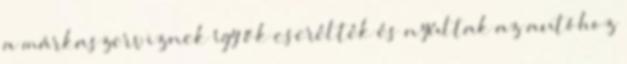
a márkaszerviznek így ők cserélték és nyúltak az autóhoz